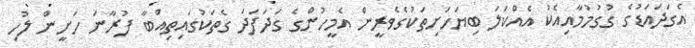
އެގަދައަޑުގެ ގުގުމުމާއިއެކު އެއްކަލަ ބިޔަހަށިތަކުގެވެރީން އެމީހުންގެ ގަދަފަދަ ގެތަކުގައިތިއްބާ ފުރާނަ ހަށީން ލުހި